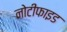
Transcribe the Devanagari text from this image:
नोटीफाइड